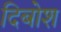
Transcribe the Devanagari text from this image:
दिबोश